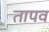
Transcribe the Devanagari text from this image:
तापव